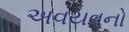
અવયવનો